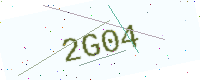
Text: 2G04